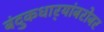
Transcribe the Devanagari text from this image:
बंदुकधार्‍यांबरोबर